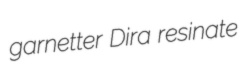
garnetter Dira resinate